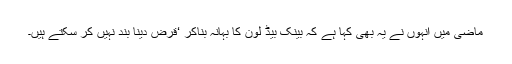
ماضی میں انہوں نے یہ بھی کہا ہے کہ بینک بیڈ لون کا بہانہ بناکر ‘قرض دینا بند نہیں کر سکتے ہیں۔